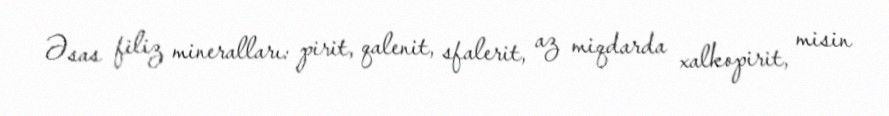
Əsas filiz mineralları: pirit, qalenit, sfalerit, az miqdarda xalkopirit, misin